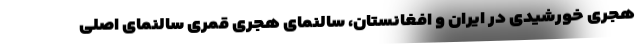
هجری خورشیدی در ایران و افغانستان، سالنمای هجری قمری سالنمای اصلی